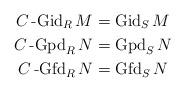
LaTeX: \begin{align*}C\operatorname{-Gid}_R M & = \operatorname{Gid}_S M \\C\operatorname{-Gpd}_R N & = \operatorname{Gpd}_S N \\C\operatorname{-Gfd}_R N & = \operatorname{Gfd}_S N \end{align*}